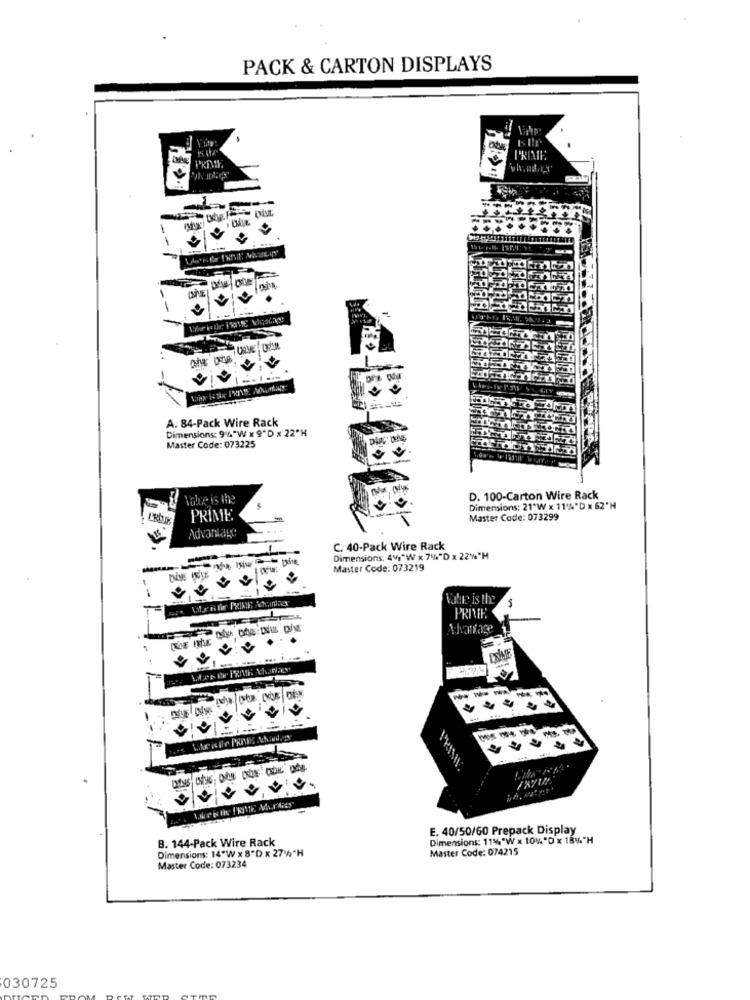
PACK & CARTON DISPLAYS
PRIME
---
10
A. 84-Pack Wire Rack
Master Code: 073225
Dimensions: 94"W x 9"D x 22"H
Value is the
D. 100-Carton Wire Rack
Dimensions: 21"W x 11%*D x 62*H
PRIME
Master Code: 073299
Advantage
C. 40-Pack Wire Rack
Dimensions: 44,"W x 7%"D x 22%"H
Master Code: 073219
Value is the
PRIVE
Advantage
E. 40/50/60 Prepack Display
B. 144-Pack Wire Rack
Dimensions: 11%"W x 10%"D x 18%"H
Dimensions: 14"W x 8'D x 2714 "H
Master Code: 074215
Master Code: 073234
030725